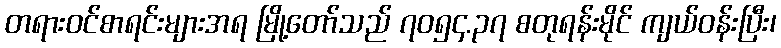
တရားဝင်စာရင်းများအရ မြို့တော်သည် ၇၀၅၄.၃၇ စတုရန်းမိုင် ကျယ်ဝန်းပြီး၊